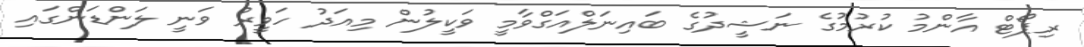
ރިޕޯޓް އާންމު ކުރުމުގެ ނަޝީދުގެ ބައިނަލްއަގްވާމީ ވަކީލުން މިއަދު ހަވީރު ވަނީ ލަންޑަންގައި